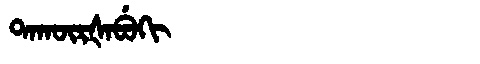
Manchu: ᡨᠠᡴᡡᡵᡧᠠᠪᡠᡴᡳ
Romanization: TAKŪRŠABUKI